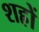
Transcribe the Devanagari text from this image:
शह्रों